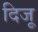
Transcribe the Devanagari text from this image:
दिजू